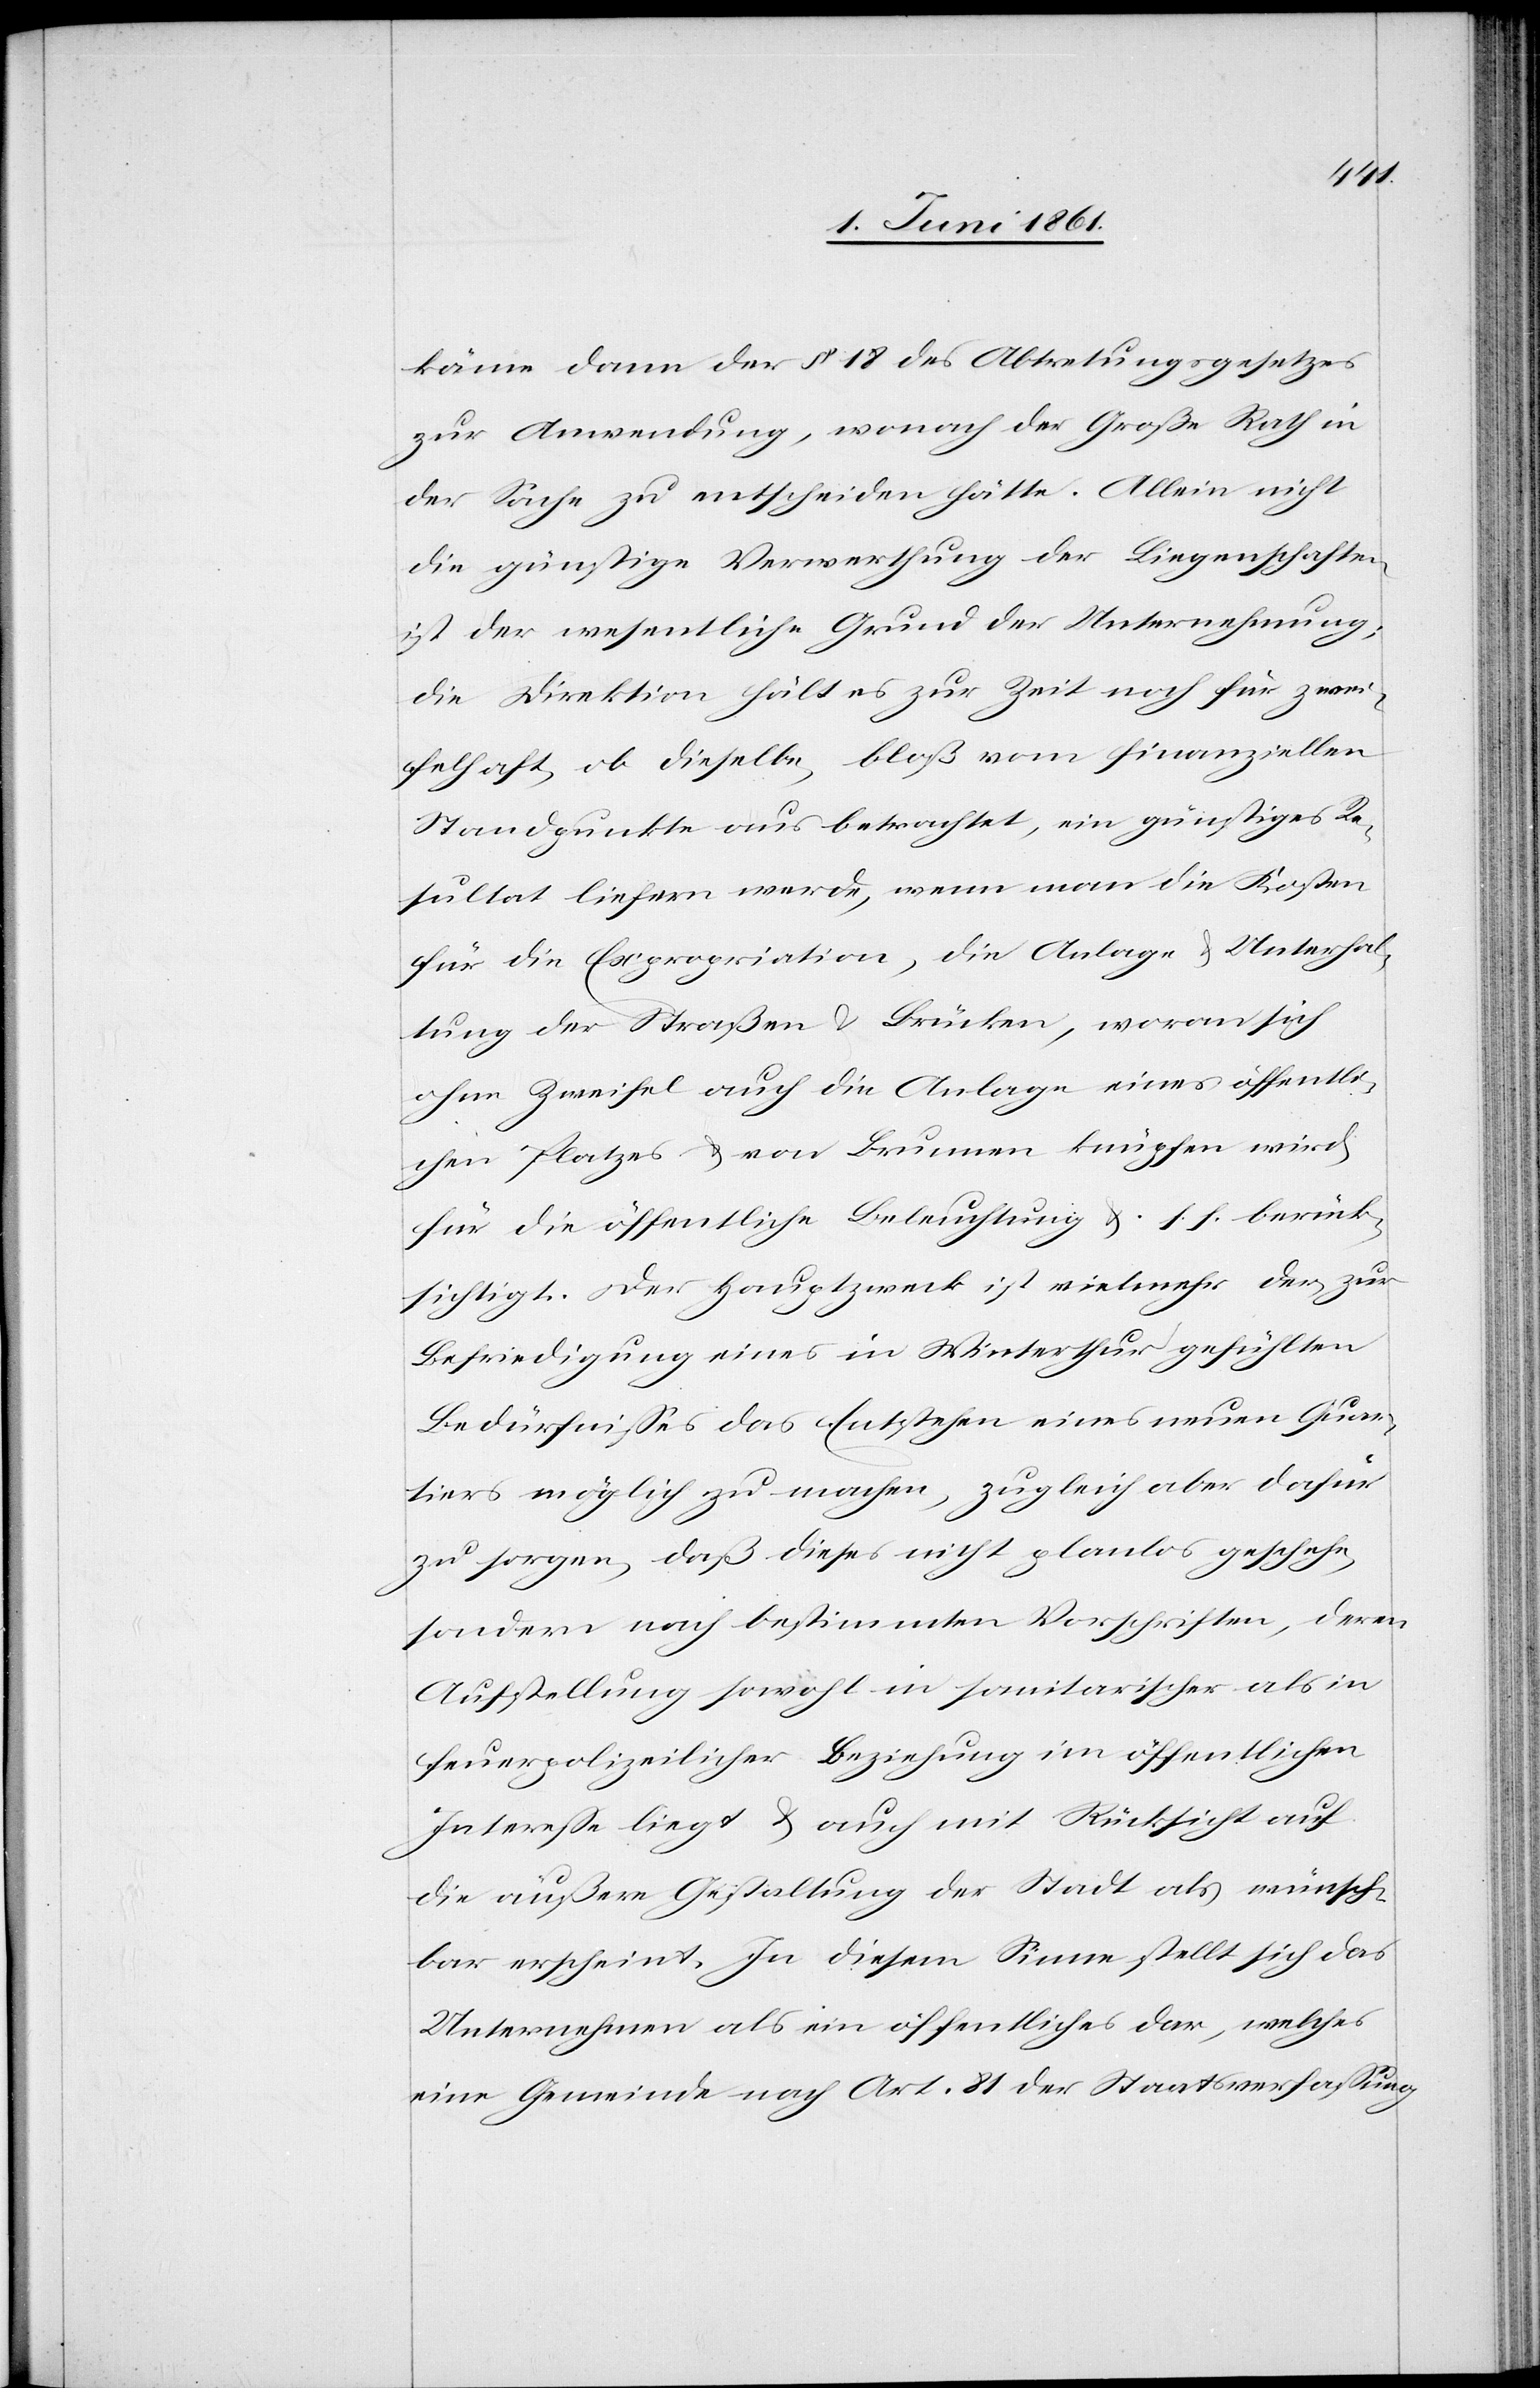
käme dann der § 18 des Abtretungsgesetzes
zur Anwendung, wonach der Große Rath in
der Sache zu entscheiden hätte. Allein nicht
die günstige Verwerthung der Liegenschaften
ist der wesentliche Grund der Unternehmung;
die Direktion hält es zur Zeit noch für zwei¬
felhaft, ob dieselbe, bloß vom finanziellen
Standpunkte aus betrachtet, ein günstiges Re¬
sultat liefern werde, wenn man die Kosten
für die Expropriation, die Anlage u. Unterhal¬
tung der Straßen u. Brücken, woran sich
ohne Zweifel auch die Anlage eines öffentli¬
chen Platzes u. von Brunnen knüpfen wird,
für die öffentliche Beleuchtung u. s. f. berück¬
sichtigt. Der Hauptzweck ist vielmehr der zur
Befriedigung eines in Winterthur gefühlten
Bedürfnisses das Entstehen eines neuen Quar¬
tiers möglich zu machen, zugleich aber dafür
zu sorgen, daß dieses nicht planlos geschehe,
sondern nach bestimmten Vorschriften, deren
Aufstellung sowohl in sanitarischer als in
feuerpolizeilicher Beziehung im öffentlichen
Interesse liegt u. auch mit Rücksicht auf
die äußere Gestaltung der Stadt als wünsch¬
bar erscheint. In diesem Sinne stellt sich das
Unternehmen als ein öffentliches dar, welches
eine Gemeinde nach Art. 1 der Staatsverfassung